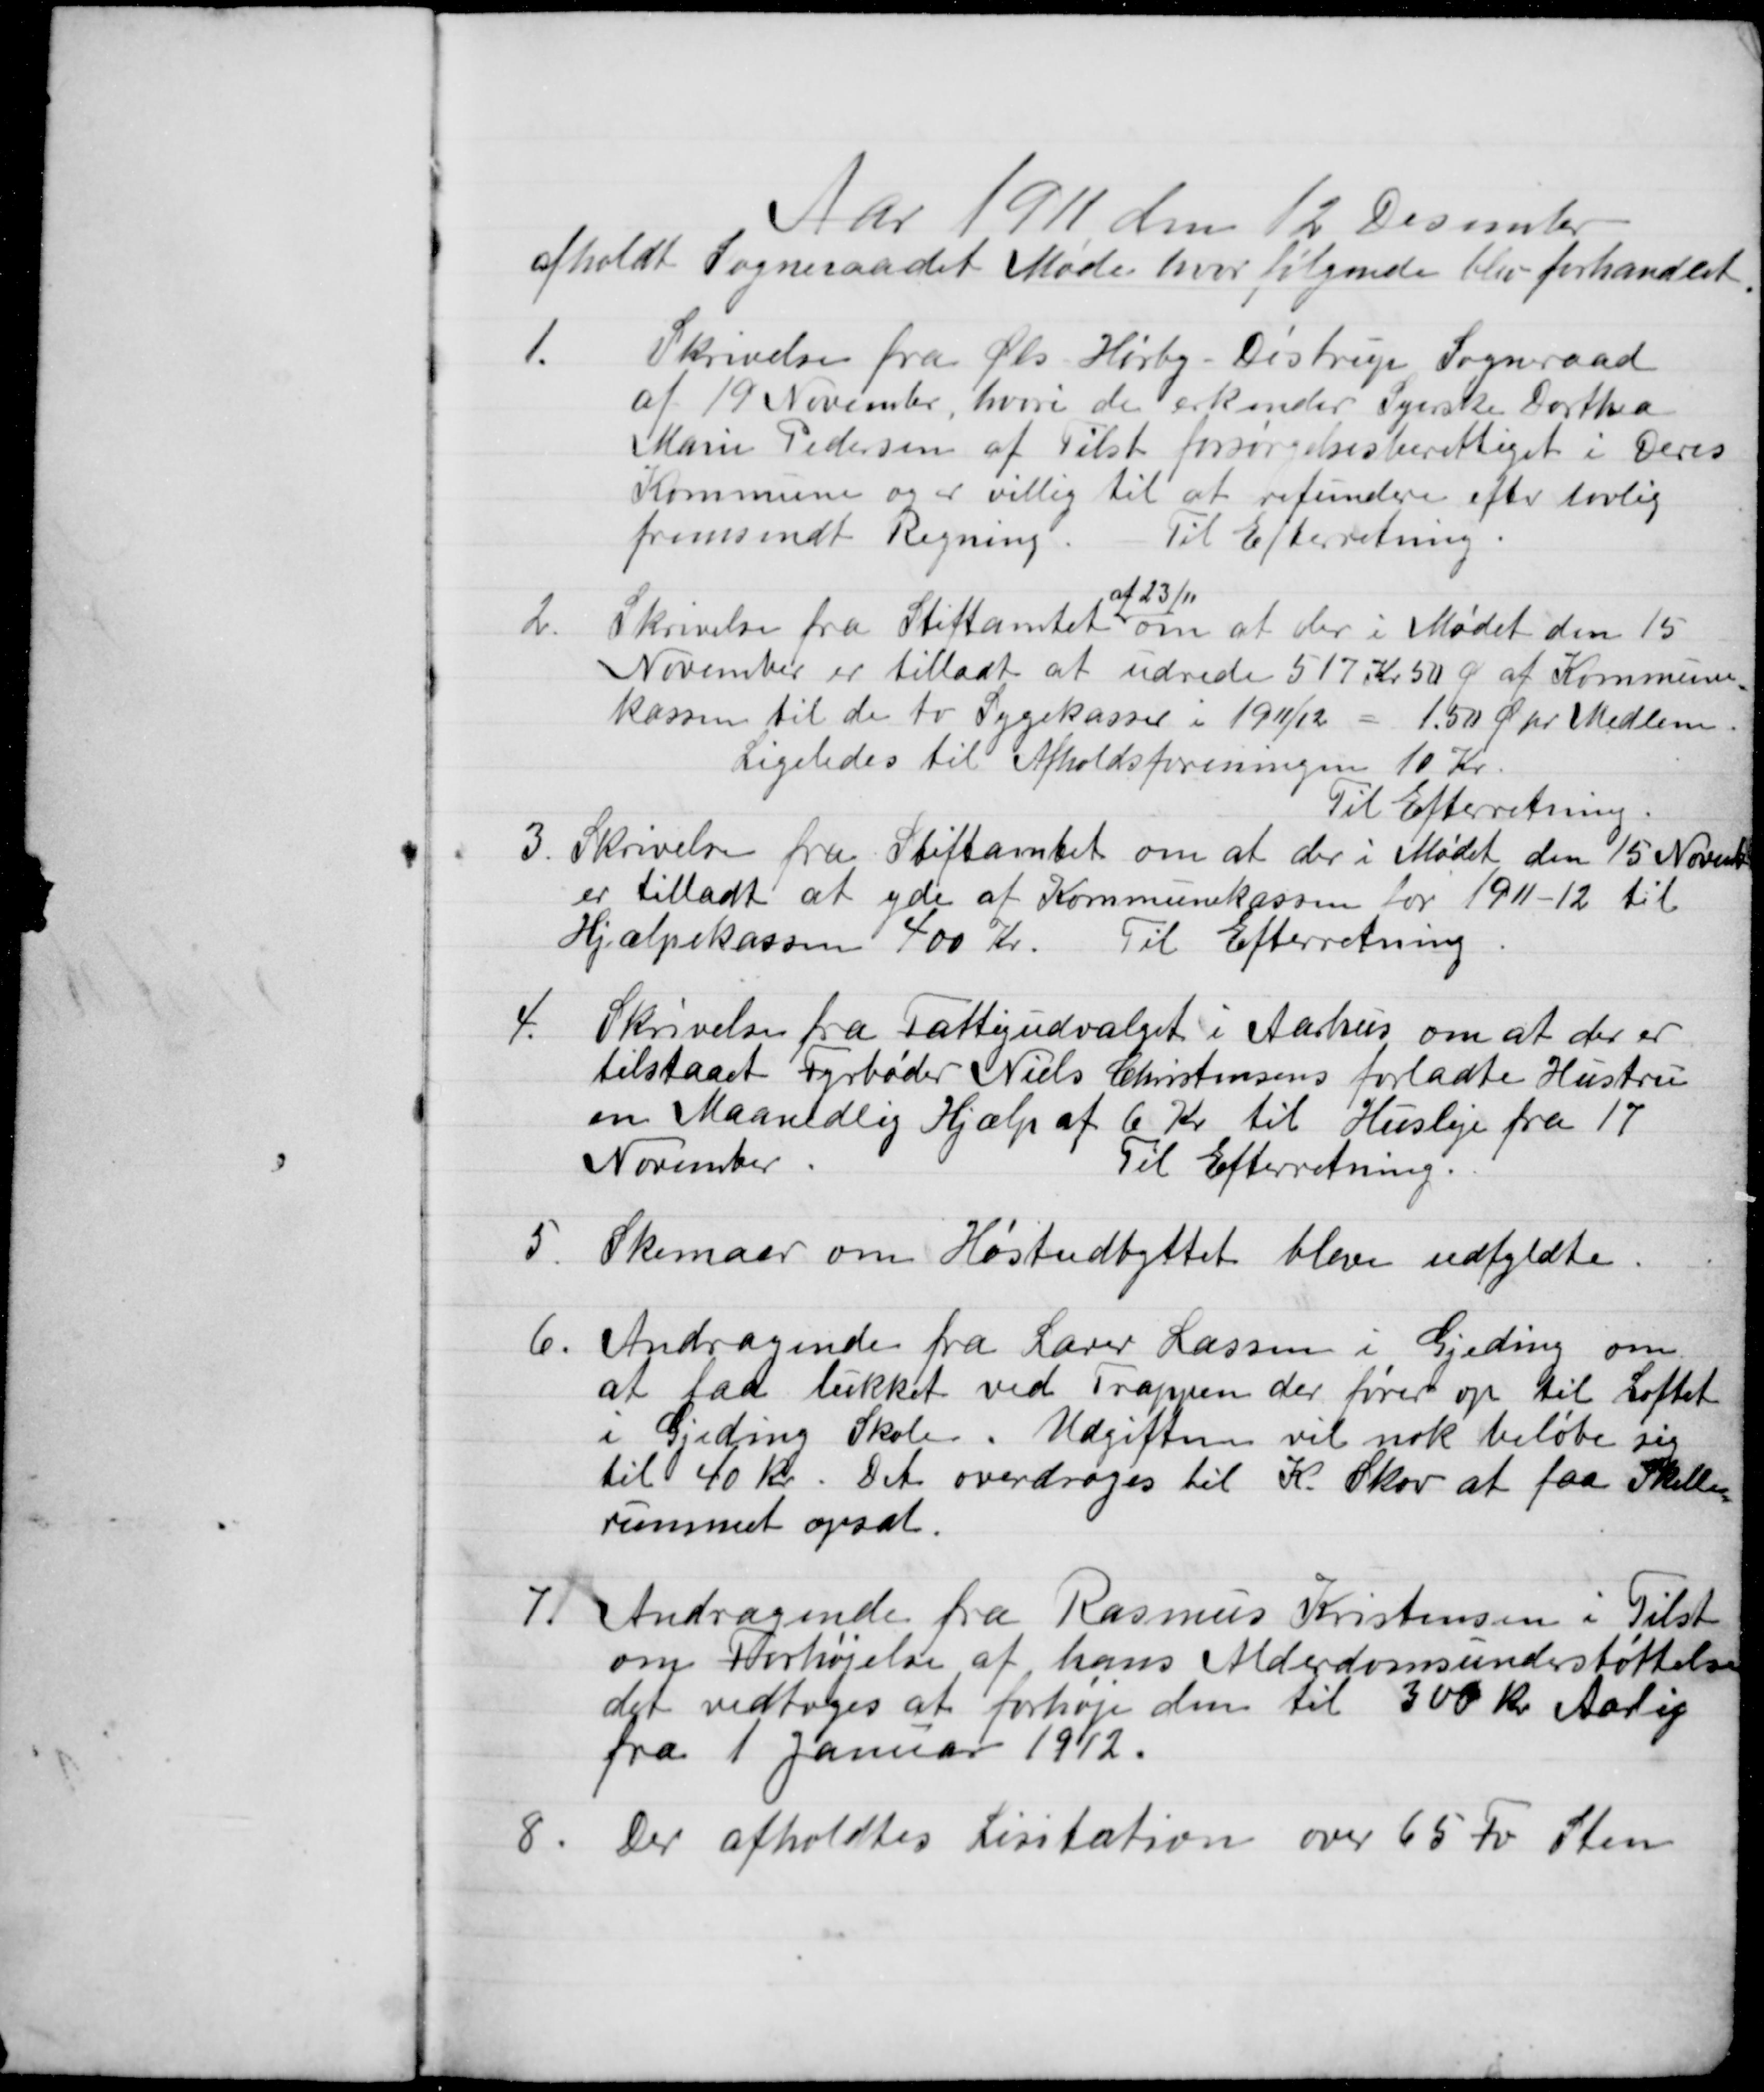
Transskription:
Aar 1911 den 12 December
afholdt Sogneraadet Møde hvor følgende blev forhandlet
1.
Skrivelse fra Øls-Hørby-Distrup Sogneraad
af 19 November, hvori de erkender Syerske Dorthea
Marie Pedersen af Tilst forsørgelsesberettiget i Deres
Kommune og er villig til at refundere efter lovlig
fremsendt Regning.
Til Efterretning.
2.
Skrivelse fra Stiftamtet om at der i Mødet den 15
af 23/11
November er tilladt at udrede 517 Kr 50 Ø af Kommune-
kassen til de to Sygekasser i 1911/12 = 1,50 Ø pr Medlem
Ligeledes til Afholdsforeningen 10 Kr.
Til Efterretning.
3.
Skrivelse fra Stiftamtet om at der i Mødet den 15 November
er tilladt at yde af Kommunekassen for 1911-12 til
Hjælpekassen 400 Kr.
Til Efterretning
4.
Skrivelse fra Fattigudvalget i Aarhus om at der er
tilstaaet Fyrbøder Niels Christensens forladte Hustru
en Maanedlig Hjælp af 6 Kr til Husleje fra 17
November
Til Efterretning.
5.
Skemaer om Høstudbyttet blive udfyldte.
6.
Andragende fra Lærer Lassen i Gjeding om
at faa lukket ved Trapen der fører op til Loftet
i Gieding Skole. Udgiften vil nok beløbe sig
til 40 Kr. Det overdroges til K. Skov at faa Skille-
rummet opsat.
7.
Andragende fra Rasmus Kristensen i Tilst
om Forhøjelse af hans Alderdomsunderstøttelse
det vedtoges at forhøje den til 300 kr. Aarlig
fra 1 Januar 1912.
8.
Der afholdtes Licitation over 65 Fv. Sten